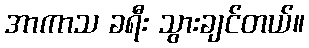
အာကာသ ခရီး သွားချင်တယ်။